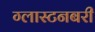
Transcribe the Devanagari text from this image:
ग्लास्टनबरी